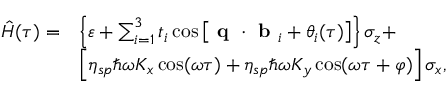
\begin{array} { r l } { \hat { H } ( \tau ) = } & { \left\{ \varepsilon + \sum _ { i = 1 } ^ { 3 } t _ { i } \cos \left[ \textbf { q } \cdot \textbf { b } _ { i } + \theta _ { i } ( \tau ) \right] \right\} \sigma _ { z } + } \\ & { \left[ \eta _ { s p } \hbar \omega K _ { x } \cos ( \omega \tau ) + \eta _ { s p } \hbar \omega K _ { y } \cos ( \omega \tau + \varphi ) \right] \sigma _ { x } , } \end{array}